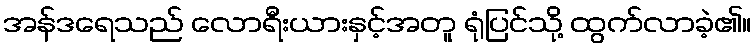
အန်ဒရေသည် လောရီးယားနှင့်အတူ ရုံပြင်သို့ ထွက်လာခဲ့၏။